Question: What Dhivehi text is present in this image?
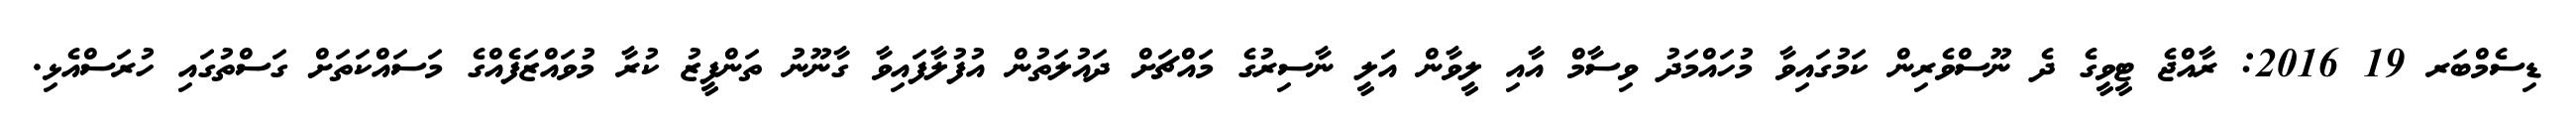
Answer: ޑިސެމްބަރ 19 2016: ރާއްޖެ ޓީވީގެ ދެ ނޫސްވެރިން ކަމުގައިވާ މުހައްމަދު ވިސާމް އާއި ލީވާން އަލީ ނާސިރުގެ މައްޗަށް ދައުލަތުން އުފުލާފައިވާ ގާނޫނު ތަންފީޒު ކުރާ މުވައްޒަފެއްގެ މަސައްކަތަށް ގަސްތުގައި ހުރަސްއެޅި.